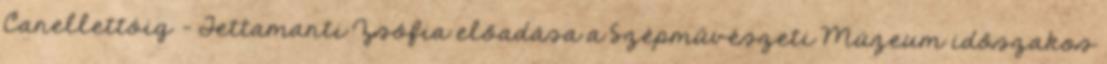
Canellettóig – Tettamanti Zsófia előadása a Szépművészeti Múzeum időszakos